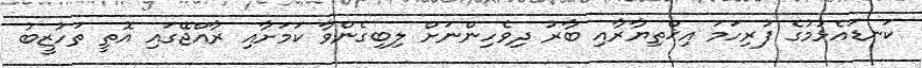
ކަނޑައެޅުމުގެ ފުރިހަމަ އިޚްތިޔާރާއި ބާރު ދިވެހިންނަށް ލިބިގެންވާ ކަމަށާއި ރާއްޖޭގައި އޮތީ ތަހުޒީބު